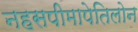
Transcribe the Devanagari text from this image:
नहसपीमापेतिलोन